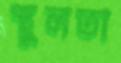
স্থুলতা